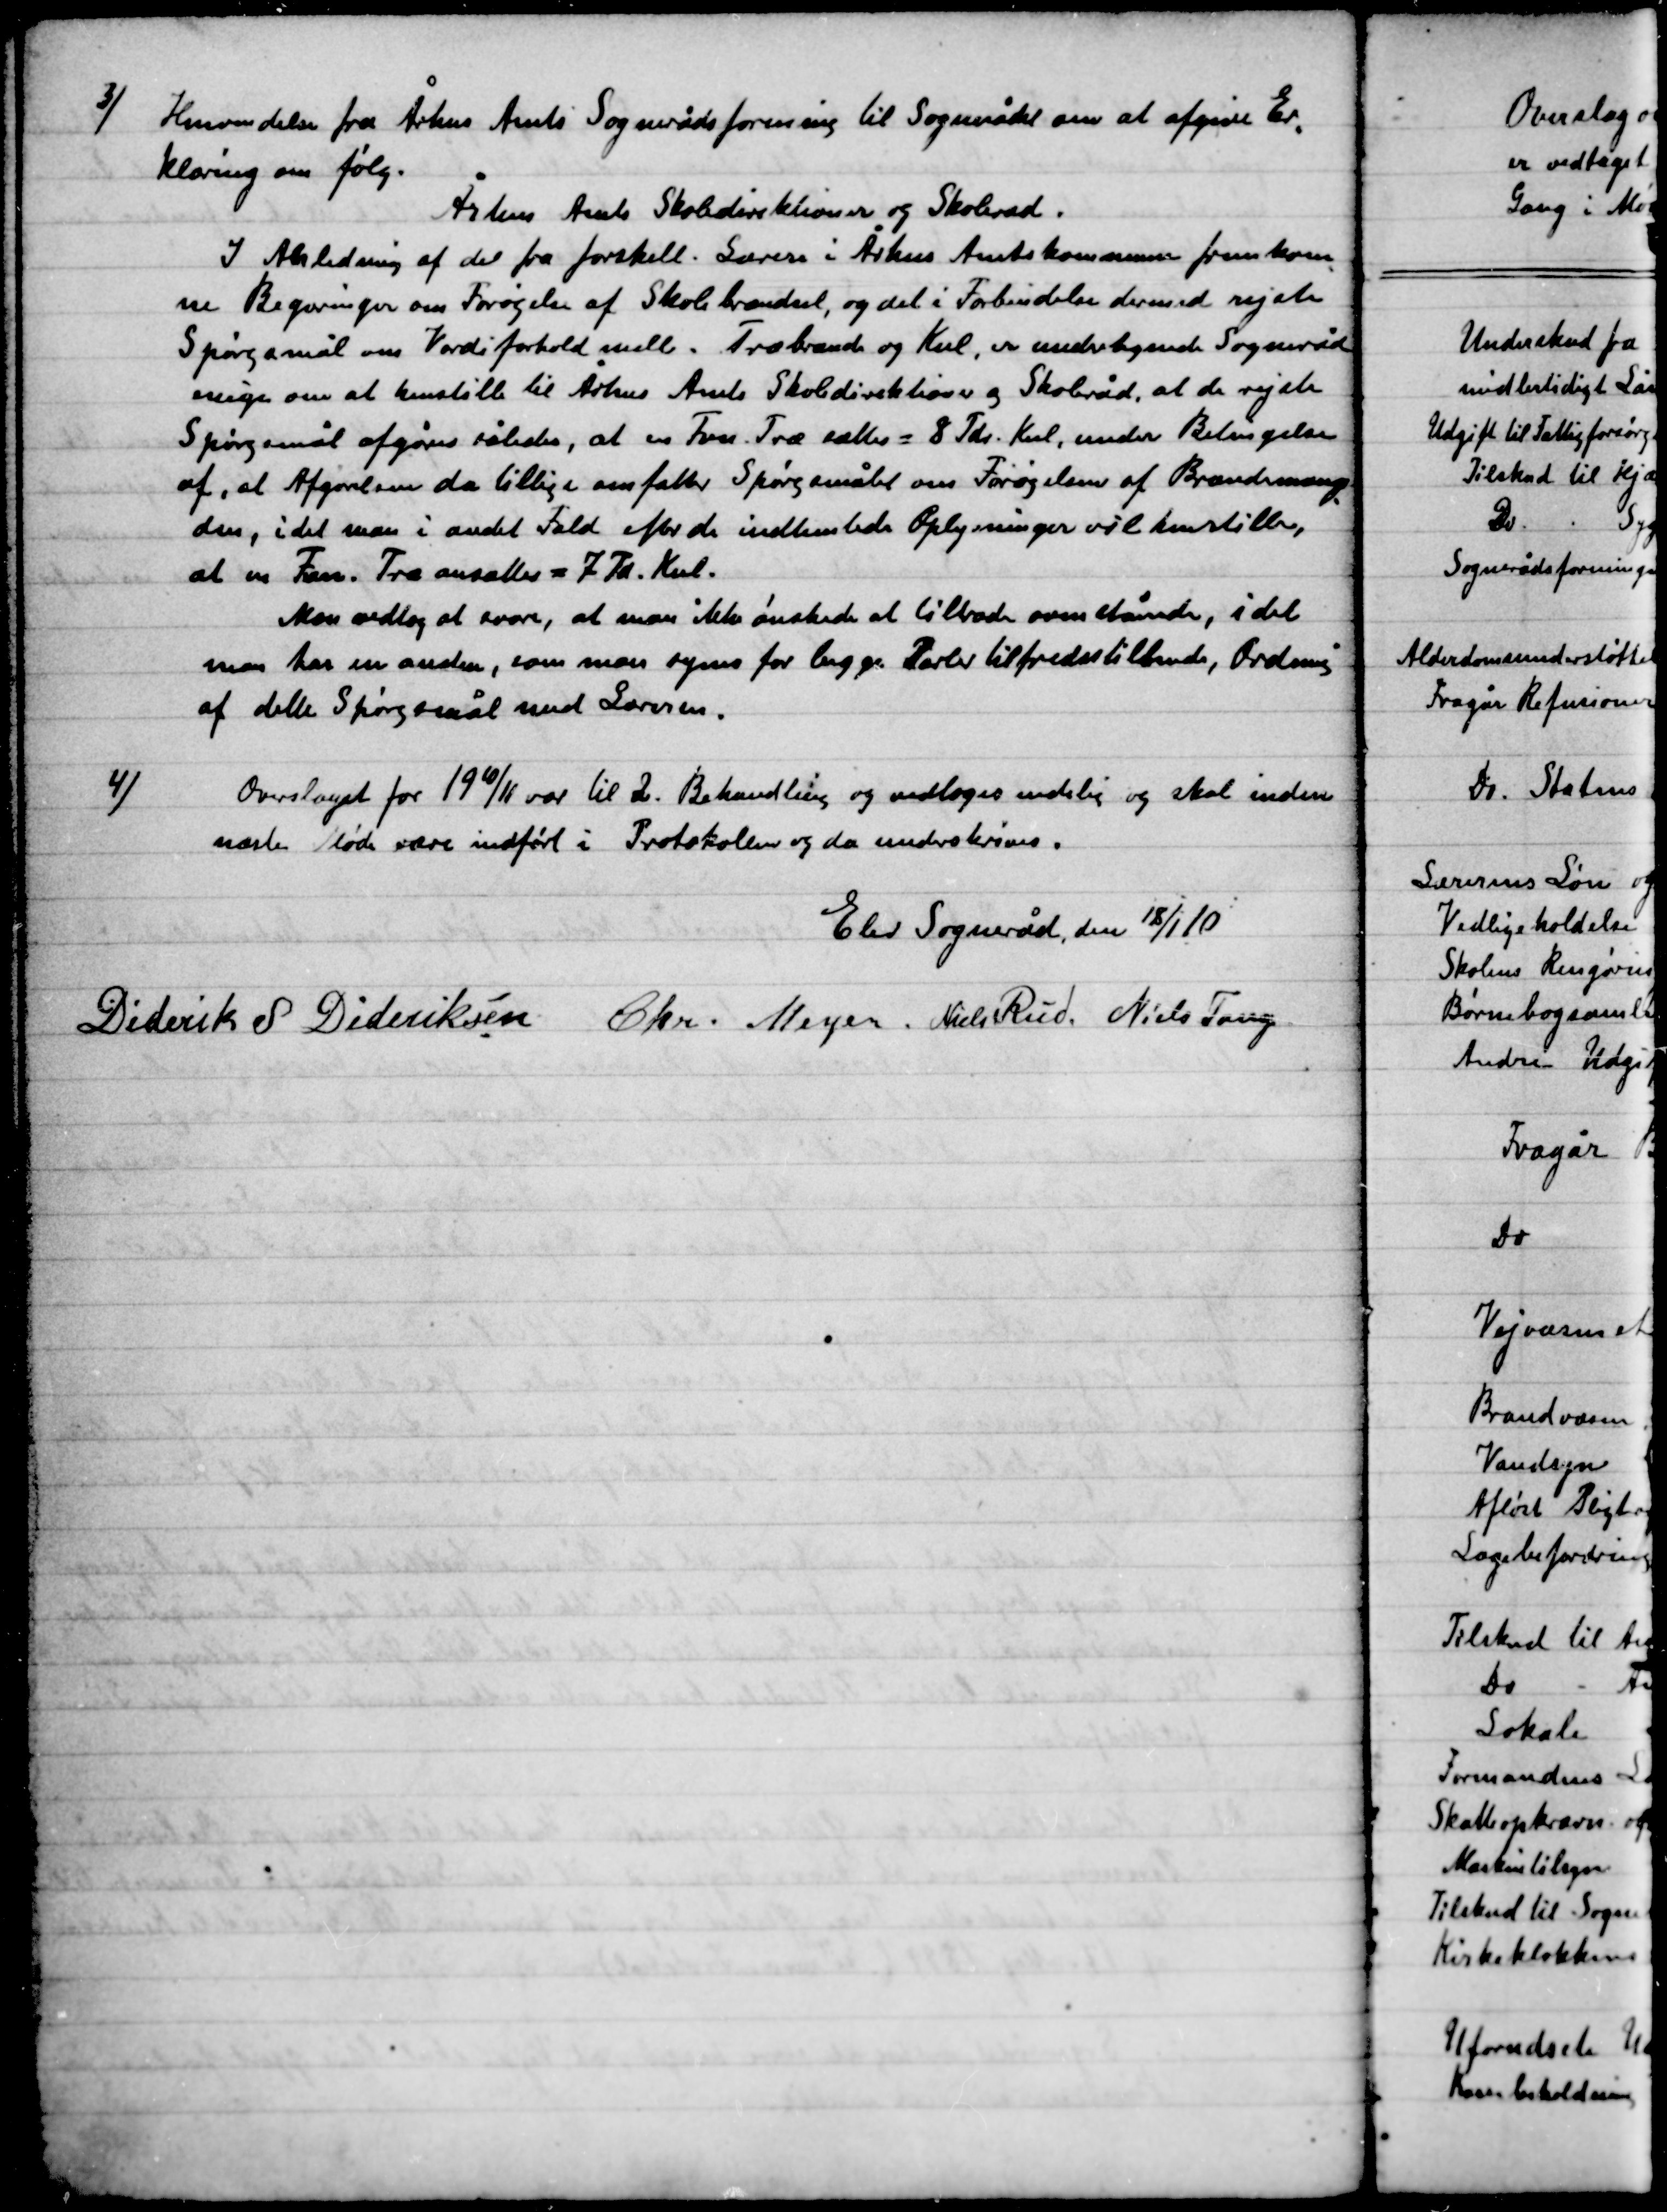
Transskription:
3)

Henvendelse fra Århus amts Sognerådsforening til Sognerådet om at afgive Er-
klæring om Følg.
Århus Amts Skoledirektioner og Skoleråd.
I Anledning af der fra forskell. Lærer i Århus Amtskommuner fremkom-
ne Regninger om Forøgelse af Skolebrændsel, og  det i Forbindelse dermed rejste
Spørgsmål om Værdiforhold mell. Træbrænde og Kul, er undertegnede Sogneråd
enige om at henstille til Århus Amts Skoledirektion og Skoleråd, at de rejste
Spørgsmål afgøres således, at en Favn Træ sættes = 8 Tdr. Kul, under Betingelser
af, at Afgørelsen da tillige omfatter Spørgsmålet om forøgelse af Brændemæng-
den, idet man i andet Fald efter de indledende Oplysninger vil henstille,
at en Fvn. Træ ansættes = 7 Tdr. Kul.
Man vedtog at svare, at man ikke ønskede at tiltræde ovenstående, idet
man har en anden, som man synes for begge Parter tilfredsstillende Ordning
 af dette spørgsmål med Lærerne.

4)

Overslag for 19 10/11 var til 2. Behandling of vedtoges endelig og skal inden
næste Møde være indført i Protokollen og der underskrives.

Elev Sogneråd, den 18/1 10.

Diderik S. Dideriksen
Chr. Meyer
Niels Rud
Niels Tang